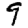
Digit: 9